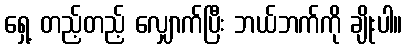
ရှေ့ တည့်တည့် လျှောက်ပြီး ဘယ်ဘက်ကို ချိုးပါ။